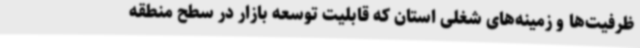
ظرفیت‌ها و زمینه‌های شغلی استان که قابلیت توسعه بازار در سطح منطقه